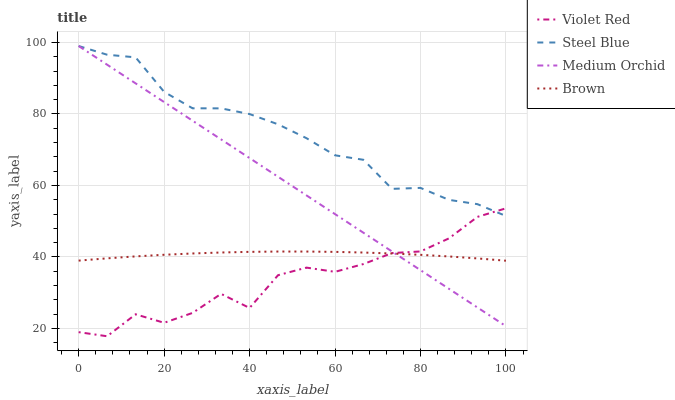
| xaxis_label | Violet Red | Steel Blue | Medium Orchid | Brown |
 | --- | --- | --- | --- | --- |
 | 0 | 19 | 99 | 99 | 39 |
 | 6.67 | 17.8 | 96.6 | 93.8 | 39.6 |
 | 13.3 | 24 | 95.8 | 88.6 | 40.2 |
 | 20 | 21.6 | 86.2 | 83.3 | 40.6 |
 | 26.7 | 24.4 | 81.6 | 78.1 | 41 |
 | 33.3 | 29.7 | 81.6 | 72.9 | 41.2 |
 | 40 | 25.7 | 80 | 67.7 | 41.4 |
 | 46.7 | 34.9 | 77.1 | 62.4 | 41.5 |
 | 53.3 | 37 | 73.2 | 57.2 | 41.5 |
 | 60 | 35.8 | 68.4 | 52 | 41.4 |
 | 66.7 | 38 | 67.2 | 46.8 | 41.2 |
 | 73.3 | 41.1 | 59.1 | 41.5 | 41 |
 | 80 | 41.5 | 59.3 | 36.3 | 40.6 |
 | 86.7 | 45.2 | 56 | 31.1 | 40.1 |
 | 93.3 | 51.2 | 54.8 | 25.9 | 39.6 |
 | 100 | 53.6 | 51.5 | 20.6 | 39 |